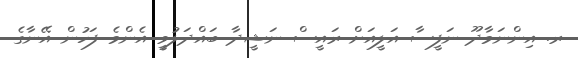
ރ. އިންނަމާދޫ ނަފީސާ އަލީއަށް ރައީސް ނަޝީދާ ބައްދަލުވީ އެންމެ ފަހުން އޭނާގެ